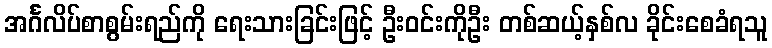
အင်္ဂလိပ်စာစွမ်းရည်ကို ရေးသားခြင်းဖြင့် ဦးဝင်းကိုဦး တစ်ဆယ့်နှစ်လ ခိုင်းစေခံရသူ